Burma Government Medical School reports 1907-22
Year: 1907
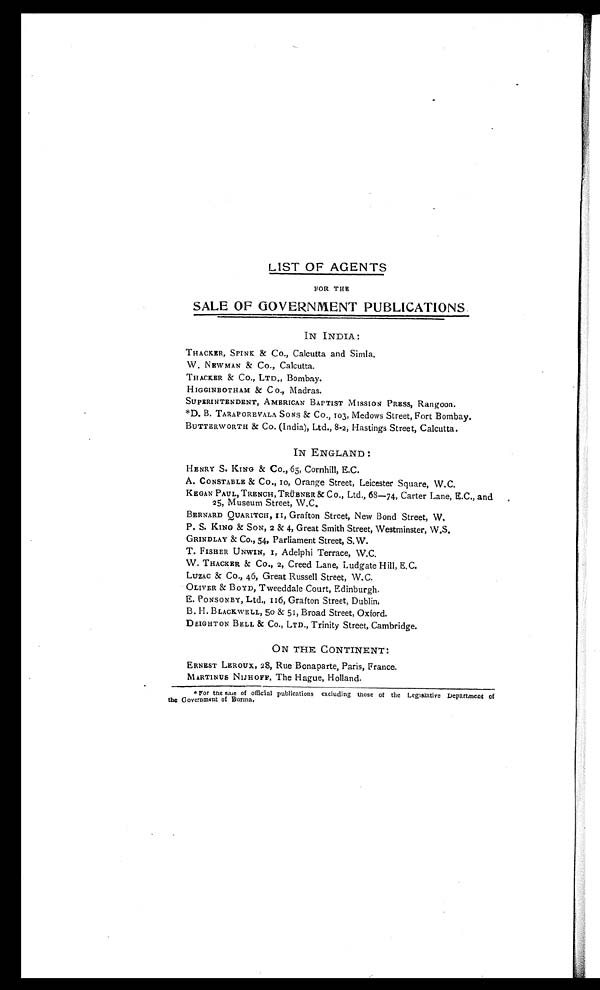
LIST OF AGENTS
FOR THE
SALE OF GOVERNMENT PUBLICATIONS.
IN INDIA:
THACKER, SPINK & Co., Calcutta and Simla.
W, NEWMAN & Co., Calcutta.
THACKER & Co., LTD., Bombay.
HIGGINBOTHAM & C o., Madras.
SUPERINTENDENT, AMERICAN BAPTIST MISSION PRESS, Rangoon.
*D. B. TARAPOREVALA SONS & Co., 103, Medows Street, Fort Bombay.
BUTTERWORTH & Co. (India), Ltd., 8-2, Hastings Street, Calcutta.
IN ENGLAND:
HENRY S. KING & Co., 65, Cornhill, E.C.
A. CONSTABLE & Co., Io, Orange Street, Leicester Square, W.C.
KEGAN PAUL, TRENCH, TRüB0NER & Co., Ltd., 68—74, Carter Lane, E.C., and
25, Museum Street, W.C.
BERNARD QUARITCH, II, Grafton Street, New Bond Street, W.
P. S. KING & SON, 2 & 4, Great Smith Street, Westminster, W.S.
GRINDLAY & Co., 54, Parliament Street, S.W.
T. FISHER UNWIN, I, Adelphi Terrace, W.C.
W. THACKER & Co., 2, Cr e e d La ne , Ludga t e Hi l l , E. C.
LUZAC & Co., 46, Great Russell Street, W.C.
OLIVER & BOYD, Tweeddale Court, Edinburgh.
E. PONSONBY, Ltd., 116, Grafton Street, Dublin.
B. H. BLACKWELL, 5o & 51, Broad Street, Oxford.
DEIGHTON BELL & Co., LTD., Trinity Street, Cambridge.
ON THE CONTINENT:
ERNEST LEROUX, 28, Rue Bonaparte, Paris, France.
MARTINUS NIJHOFF, The Hague, Holland.
* For the saie of official publications excluding those of the Legislative Department of
the Government of Burma,